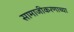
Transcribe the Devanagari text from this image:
सामाजीकरणाच्या